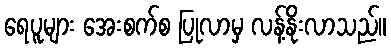
ရေပူများ အေးစက်စ ပြုလာမှ လန့်နိုးလာသည်။